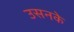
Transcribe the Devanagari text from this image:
उसनके